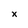
Character: x